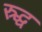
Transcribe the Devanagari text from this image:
स्र्द्ध